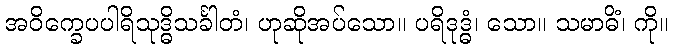
အဝိက္ခေပပါရိသုဒ္ဓိသင်္ခါတံ၊ ဟုဆိုအပ်သော။ ပရိဒုဒ္ဓံ၊ သော။ သမာဓိံ၊ ကို။